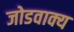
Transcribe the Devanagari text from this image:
जोडवाक्य